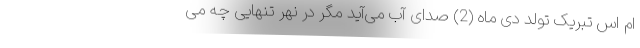
ام اس تبریک تولد دی ماه (2) صدای آب می‌آید مگر در نهر تنهایی چه می